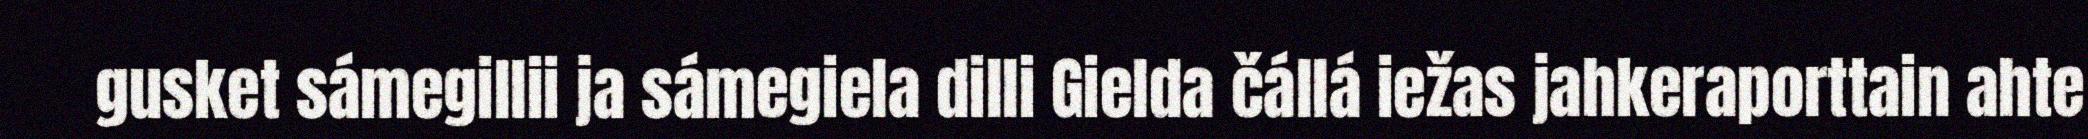
gusket sámegillii ja sámegiela dilli Gielda čállá iežas jahkeraporttain ahte